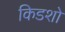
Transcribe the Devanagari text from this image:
किडशो